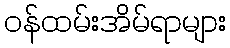
ဝန်ထမ်းအိမ်ရာများ